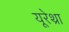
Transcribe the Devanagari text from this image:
यूरेथ्रा